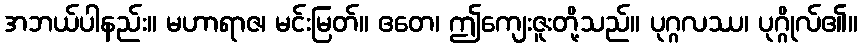
အဘယ်ပါနည်း။ မဟာရာဇ၊ မင်းမြတ်။ ဧတေ၊ ဤကျေးဇူးတို့သည်။ ပုဂ္ဂလဿ၊ ပုဂ္ဂိုလ်၏။